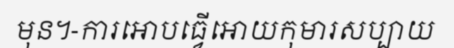
មុន។-ការអោបធ្វើអោយកុមារសប្បាយ